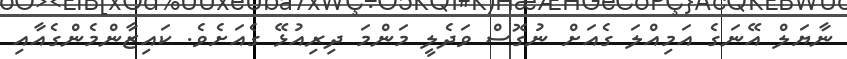
ނާޔަލް އޭނަގެ އަމިއްލަ ގެއަށް ނުގޮސް ވަދެލީ މަންމަ ދިރިއުޅޭ ގެއަށެވެ. ކައިޒާންމެންގެއާއި